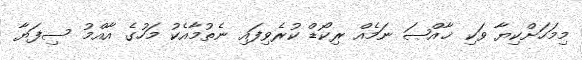
މިމަހަށްކިޔާ ވަކި ޚާއްޞަ ނަމެއް ރިކޯޑް ކުރެވިފައި ނެތުމާއެކު މަހުގެ އާއްމު ސިފަޔާ